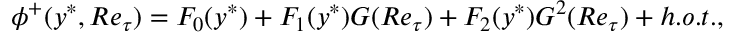
\phi ^ { + } ( y ^ { \ast } , R e _ { \tau } ) = F _ { 0 } ( y ^ { \ast } ) + F _ { 1 } ( y ^ { \ast } ) G ( R e _ { \tau } ) + F _ { 2 } ( y ^ { \ast } ) G ^ { 2 } ( R e _ { \tau } ) + h . o . t . ,